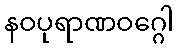
နဝပုရာဏဝဂ္ဂေါ